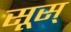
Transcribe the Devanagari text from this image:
सूस्